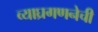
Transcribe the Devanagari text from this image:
व्याघ्रगणनेची